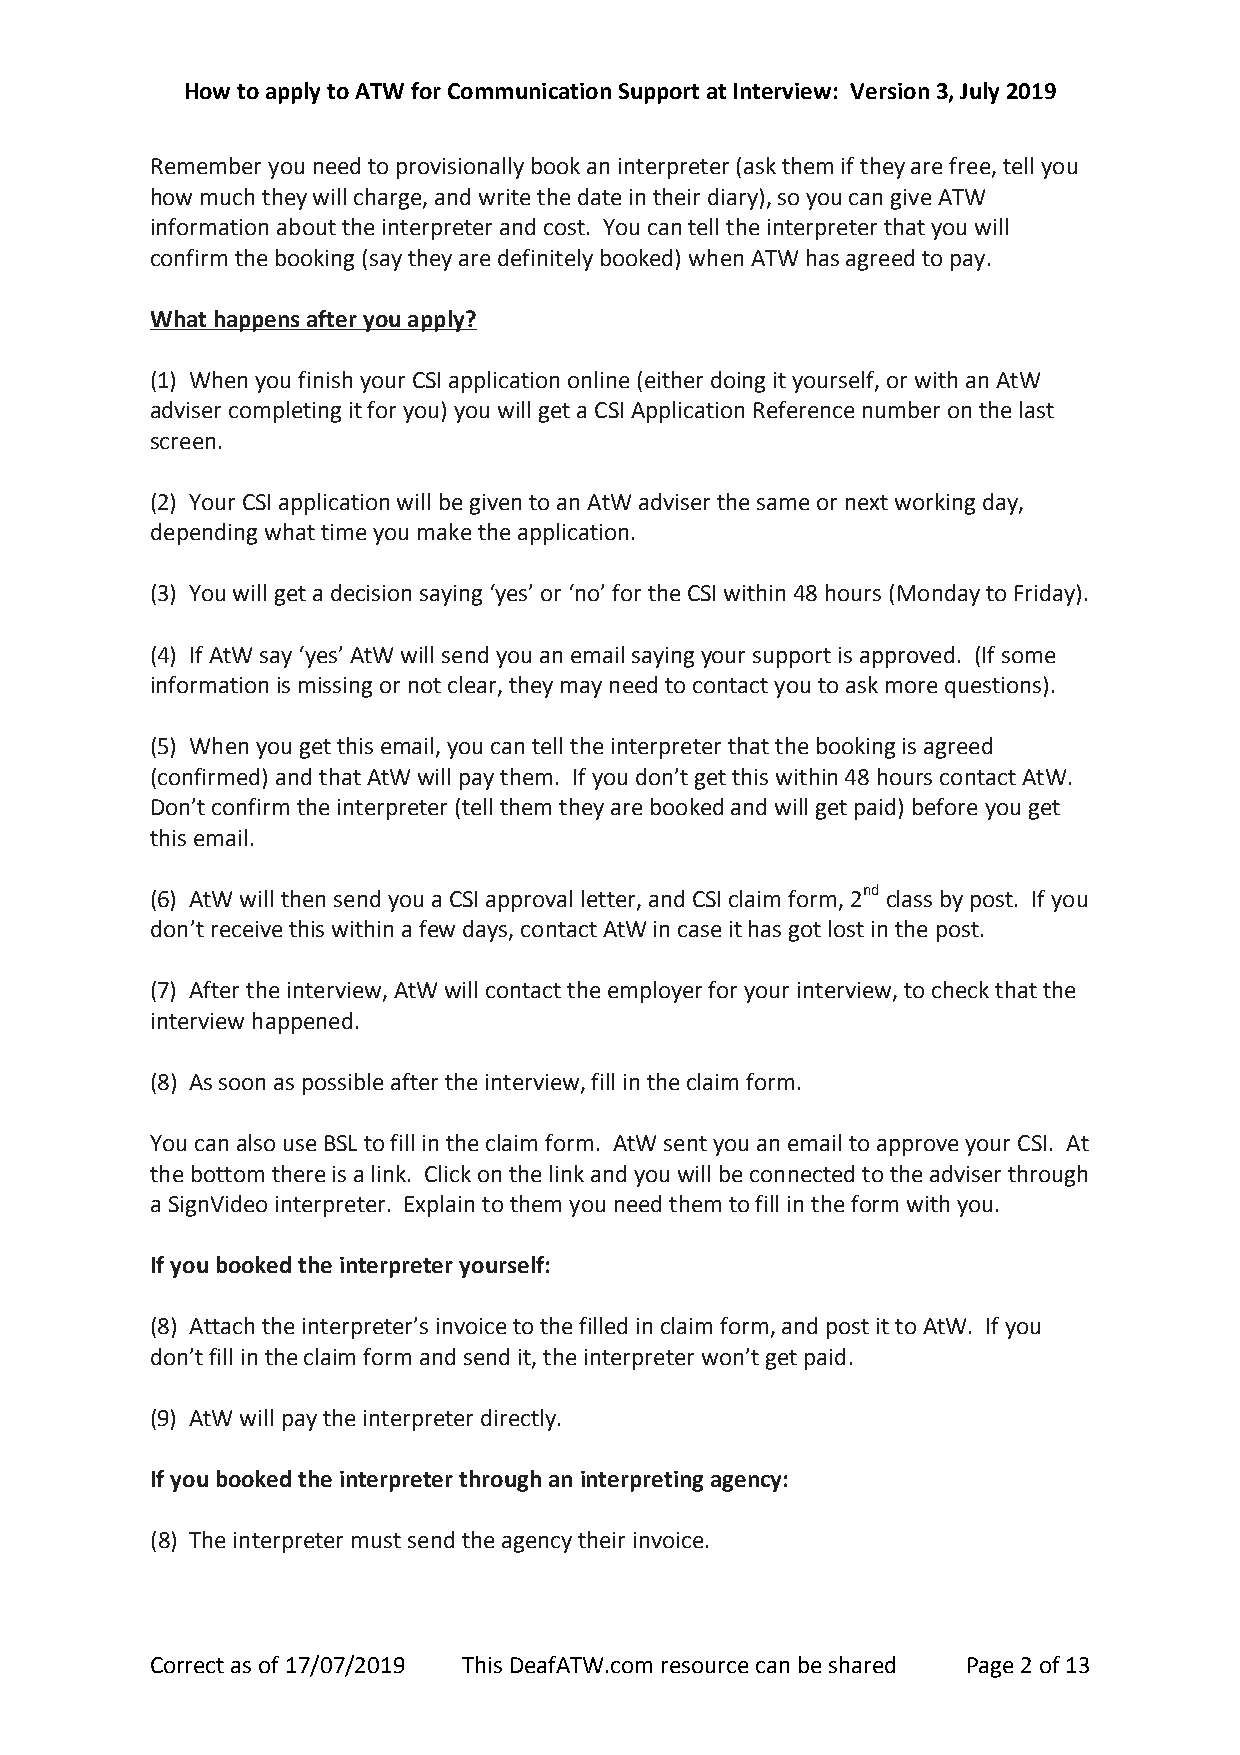
How to apply to ATW for Communication Support at Interview: Version 3, July 2019
 Remember you need to provisionally book an interpreter (ask them if they are free, tell you
 how much they will charge, and write the date in their diary), so you can give ATW
 information about the interpreter and cost. You can tell the interpreter that you will
 confirm the booking (say they are definitely booked) when ATW has agreed to pay.
 What happens after you apply?
 (1) When you finish your CSI application online (either doing it yourself, or with an AtW
 adviser completing it for you) you will get a CSI Application Reference number on the last
 screen.
 (2) Your CSI application will be given to an AtW adviser the same or next working day,
 depending what time you make the application.
 (3) You will get a decision saying ‘yes’ or ‘no’ for the CSI within 48 hours (Monday to Friday).
 (4) If AtW say ‘yes’ AtW will send you an email saying your support is approved. (If some
 information is missing or not clear, they may need to contact you to ask more questions).
 (5) When you get this email, you can tell the interpreter that the booking is agreed
 (confirmed) and that AtW will pay them. If you don’t get this within 48 hours contact AtW.
 Don’t confirm the interpreter (tell them they are booked and will get paid) before you get
 this email.
 (6) AtW will then send you a CSI approval letter, and CSI claim form, 2nd class by post. If you
 don’t receive this within a few days, contact AtW in case it has got lost in the post.
 (7) After the interview, AtW will contact the employer for your interview, to check that the
 interview happened.
 (8) As soon as possible after the interview, fill in the claim form.
 You can also use BSL to fill in the claim form. AtW sent you an email to approve your CSI. At
 the bottom there is a link. Click on the link and you will be connected to the adviser through
 a SignVideo interpreter. Explain to them you need them to fill in the form with you.
 If you booked the interpreter yourself:
 (8) Attach the interpreter’s invoice to the filled in claim form, and post it to AtW. If you
 don’t fill in the claim form and send it, the interpreter won’t get paid.
 (9) AtW will pay the interpreter directly.
 If you booked the interpreter through an interpreting agency:
 (8) The interpreter must send the agency their invoice.
 Correct as of 17/07/2019 This DeafATW.com resource can be shared Page 2 of 13